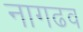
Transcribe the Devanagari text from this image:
नागढव